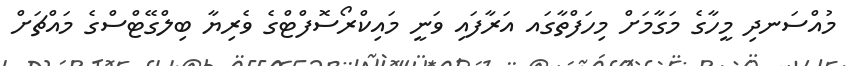
މުއްސަނދި މީހާގެ މަގާމަށް މިހަފްތާގައ އަރާފައި ވަނީ މައިކްރޯސޮފްޓްގެ ވެރިޔާ ބިލްގޭޓްސްގެ މައްޗަށް